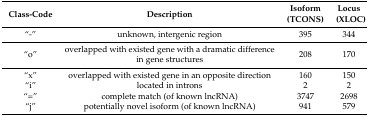
<table><thead><tr><td><b>Class-Code</b></td><td><b>Description</b></td><td><b>Isoform (TCONS)</b></td><td><b>Locus (XLOC)</b></td></tr></thead><tbody><tr><td>“-”</td><td>unknown, intergenic region</td><td>395</td><td>344</td></tr><tr><td>“o”</td><td>overlapped with existed gene with a dramatic difference in gene structures</td><td>208</td><td>170</td></tr><tr><td>“x”</td><td>overlapped with existed gene in an opposite direction</td><td>160</td><td>150</td></tr><tr><td>“i”</td><td>located in introns</td><td>2</td><td>2</td></tr><tr><td>“=”</td><td>complete match (of known lncRNA)</td><td>3747</td><td>2698</td></tr><tr><td>“j”</td><td>potentially novel isoform (of known lncRNA)</td><td>941</td><td>579</td></tr></tbody></table>